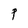
Character: p